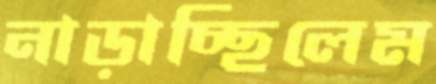
নাড়াচ্ছিলেম